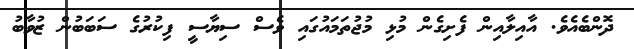
ދޮންބެއެވެ. އާއިލާއިން ފެށިގެން މުޅި މުޖުތަމައުގައި ވެސް ސިޔާސީ ފިކުރުގެ ސަބަބުން ޒުވާބު